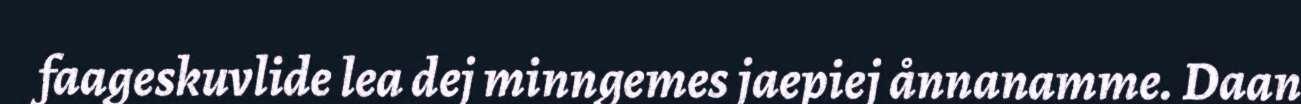
faageskuvlide lea dej minngemes jaepiej ånnanamme. Daan